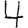
Digit: 4